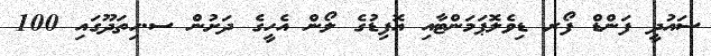
ސައުދީ ފަންޑް ފޯރ ޑިވެލޮޕަމަންޓާއި އޮފިޑުގެ ލޯން އެހީގެ ދަށުން ސ.ހިތަދޫގައި 100